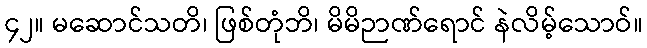
၄၂။ မဆောင်သတိ၊ ဖြစ်တုံဘိ၊ မိမိဉာဏ်ရောင် နဲလိမ့်သောဝ်။